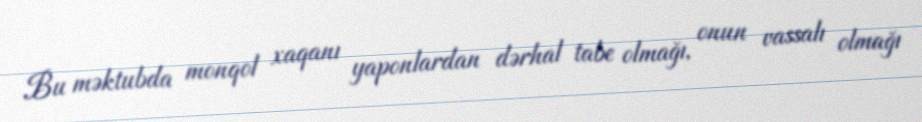
Bu məktubda monqol xaqanı yaponlardan dərhal tabe olmağı, onun vassalı olmağı